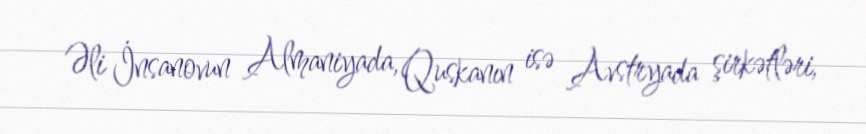
Əli İnsanovun Almaniyada, Quskanın isə Avstryada şirkətləri,